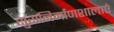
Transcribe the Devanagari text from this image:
सुरानिर्माणशालाएं